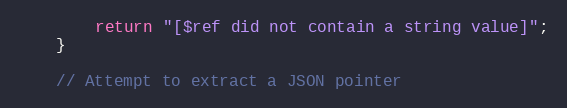
Language: C++
        return "[$ref did not contain a string value]";
    }

    // Attempt to extract a JSON pointer